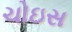
ચોઇસ